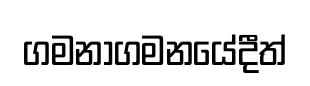
ගමනාගමනයේදීත්